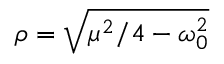
\rho = \sqrt { \mu ^ { 2 } / 4 - \omega _ { 0 } ^ { 2 } }